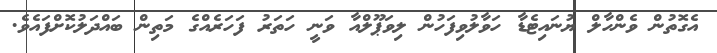
އެގޮތުން ވެންހާލް ޔުނައިޓެޑާ ހަވާލުވިފަހުން ލިވަޕޫލްއާ ވަނީ ހަތަރު ފަހަރެއްގެ މަތިން ބައްދަލުކޮށްފައެވެ.